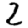
Digit: 2